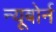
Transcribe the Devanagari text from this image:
न्यूबोर्न